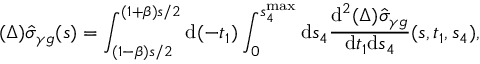
( \Delta ) \hat { \sigma } _ { \gamma g } ( s ) = \int _ { ( 1 - \beta ) s / 2 } ^ { ( 1 + \beta ) s / 2 } \mathrm { d } ( - t _ { 1 } ) \int _ { 0 } ^ { s _ { 4 } ^ { \operatorname * { m a x } } } \mathrm { d } s _ { 4 } \frac { \mathrm { d } ^ { 2 } ( \Delta ) \hat { \sigma } _ { \gamma g } } { \mathrm { d } t _ { 1 } \mathrm { d } s _ { 4 } } ( s , t _ { 1 } , s _ { 4 } ) ,